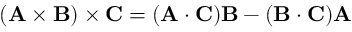
( \mathbf { A } \times \mathbf { B } ) \times \mathbf { C } = ( \mathbf { A } \cdot \mathbf { C } ) \mathbf { B } - ( \mathbf { B } \cdot \mathbf { C } ) \mathbf { A }